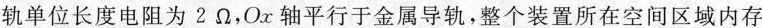
轨单位长度电阻为2\Omega，Ox轴平行于金属导轨，整个装置所在空间区域内存